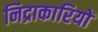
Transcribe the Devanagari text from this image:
निद्राकारियों